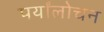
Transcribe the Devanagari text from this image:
पर्यांलोचन